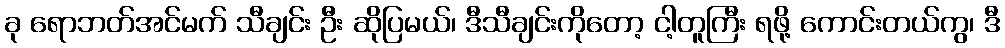
ခု ရောဘတ်အင်မက် သီချင်း ဦး ဆိုပြမယ်၊ ဒီသီချင်းကိုတော့ ငါ့တူကြီး ရဖို့ ကောင်းတယ်ကွ၊ ဒီ